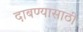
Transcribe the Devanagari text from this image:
दाबण्यासाठी